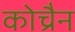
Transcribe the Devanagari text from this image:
कोच्रैन